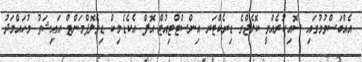
އެއްބަސްވުމުގައި ސޮއިކުރެއްވީ ކޮލެޖްގެ ޑިރެކްޓަރ އިންސްޓްޓިއުޓް އޮފް އެކެޑެމިކް ޑިވެލޮޕްމަންޓް އަައިޝަތު މުހައްމަދު